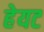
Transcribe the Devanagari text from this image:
हेयट